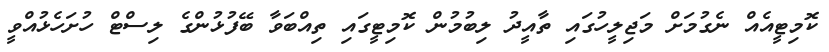
ކޮމިޓީއެއް ނެގުމަށް މަޖިލީހުގައި ތާއީދު ލިބުމުން ކޮމިޓީގައި ތިއްބަވާ ބޭފުޅުންގެ ލިސްޓް ހުށަހެޅުއްވީ